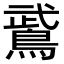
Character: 𫛁